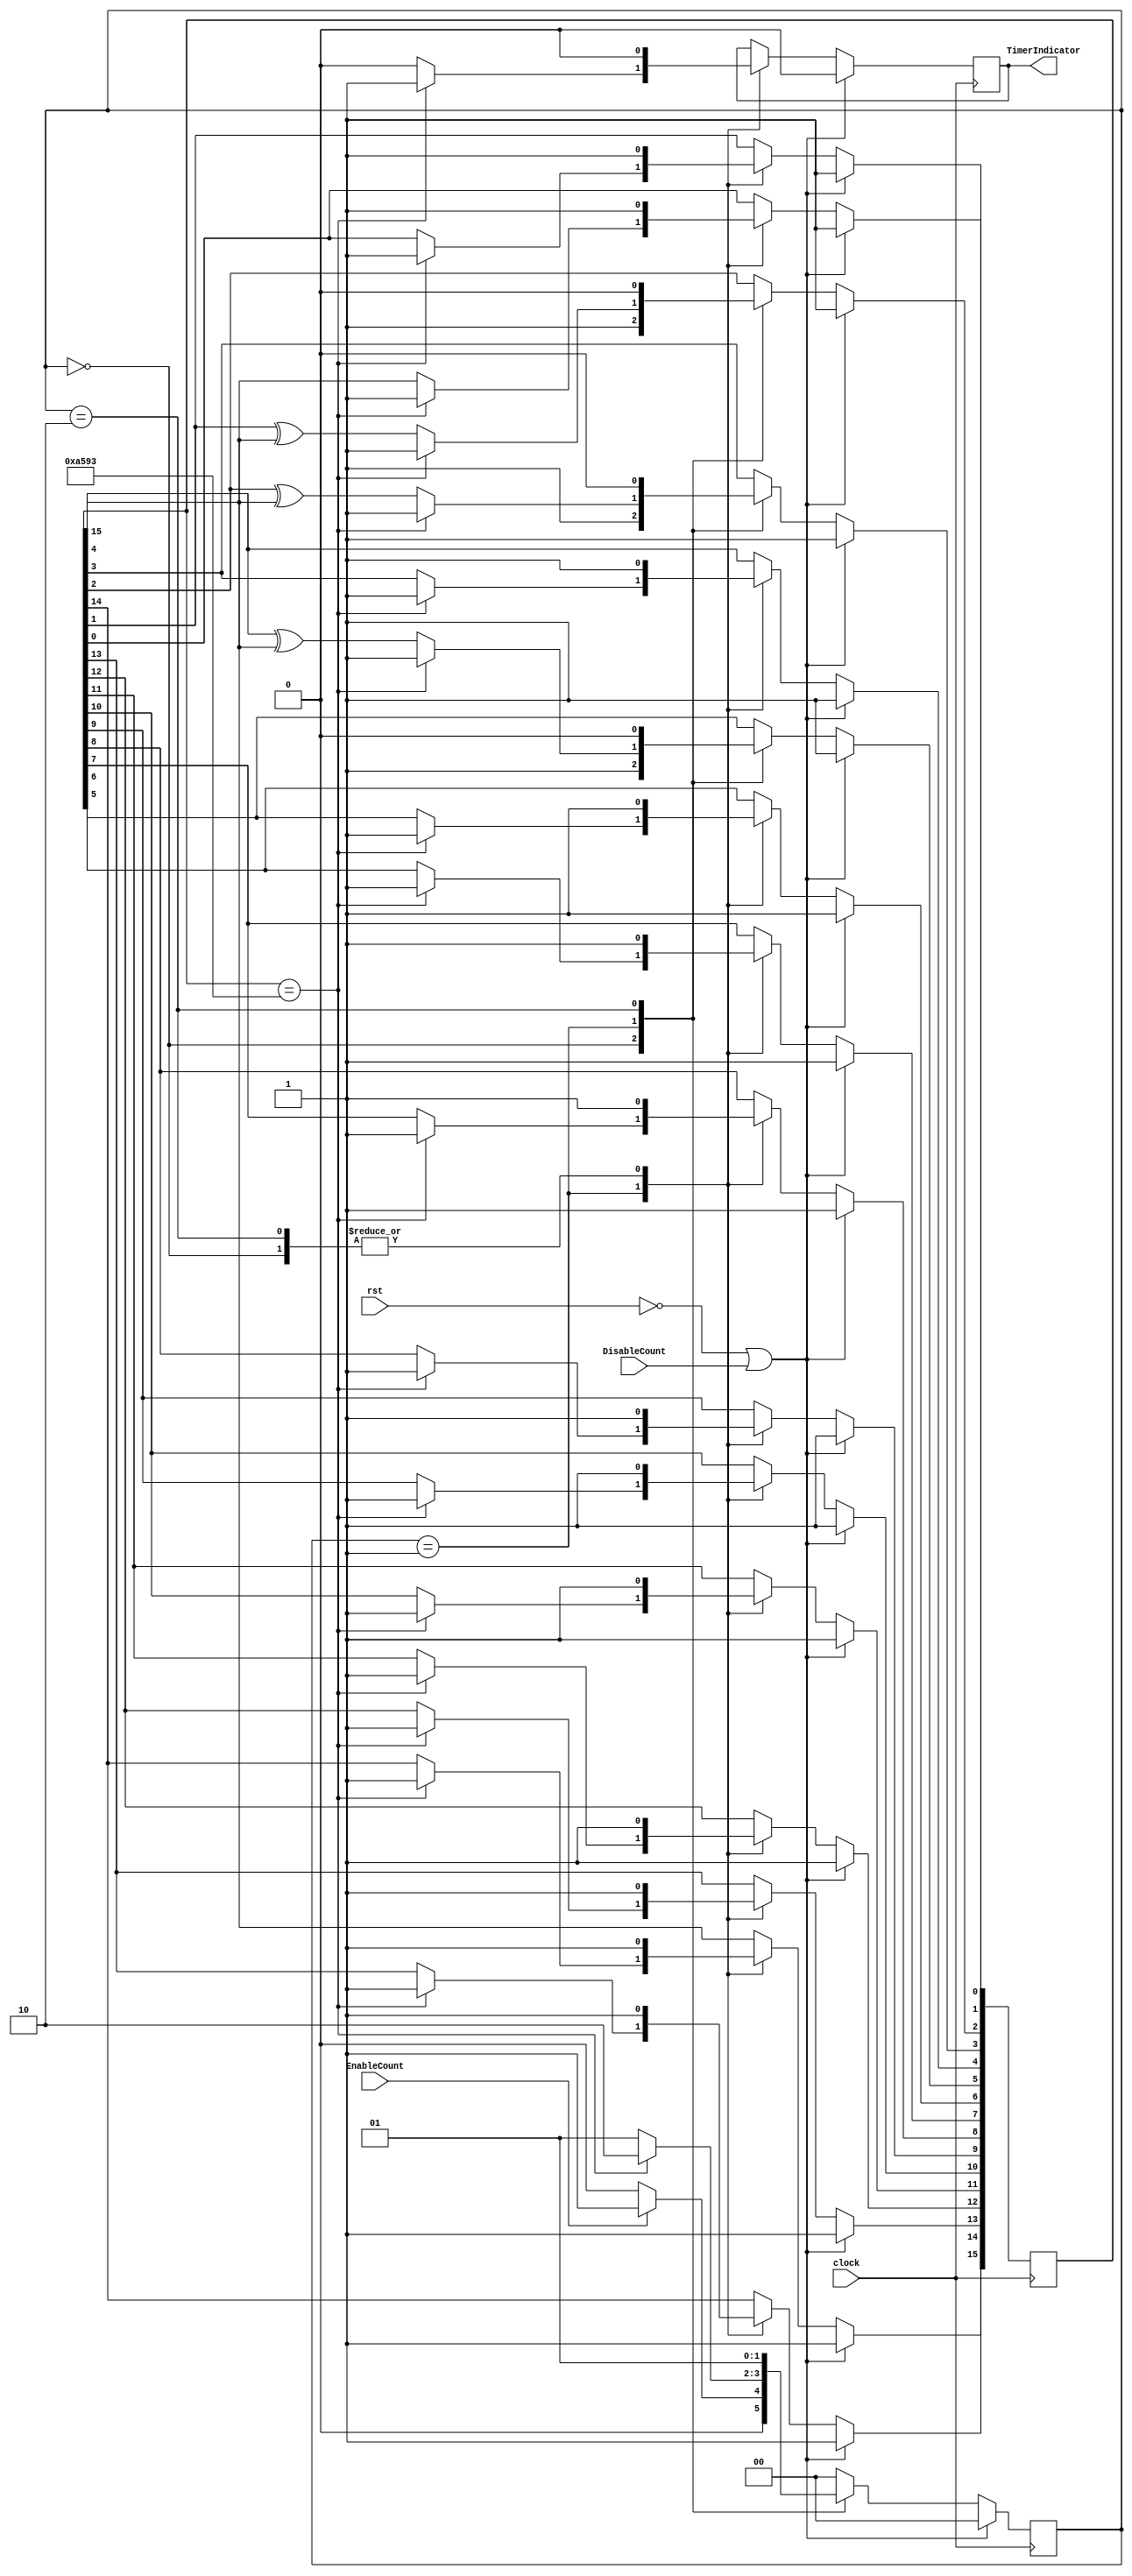
//ECE6370
//Pranav Kulkarni
//1ms timer
//Generates a 1ms pulse every 100us time interval when EnableCount is pulled high
module HomeDelay(clock,rst,EnableCount,DisableCount, TimerIndicator);
  input clock, rst, EnableCount, DisableCount;
  output TimerIndicator;
  
  reg TimerIndicator;
  reg [1:0] state;
  reg [15:0] LFSR;
  wire feedback = LFSR[15];
  parameter IDLE = 0, CountState = 1, RestartCount = 2;

  always @(posedge clock)
  begin
      if(rst == 1'b0 || DisableCount == 1'b1)
      begin
        LFSR <= 16'hffff;
        TimerIndicator <= 1'b0;
		  state <= IDLE;
      end
      else
        begin
	  case(state)
            IDLE : begin
                   LFSR <= 16'hffff;
                   if(EnableCount == 1'b1)
                   begin
                   state <= CountState;
                   TimerIndicator <= 1'b0;
                   end
                   else
                   begin
                   state <= IDLE;
                   TimerIndicator <= 1'b0;
                   end
                   end
            CountState : begin
     			 LFSR[0] <= feedback;
    			 LFSR[1] <= LFSR[0];
    			 LFSR[2] <= LFSR[1] ^ feedback;
    			 LFSR[3] <= LFSR[2] ^ feedback;
    			 LFSR[4] <= LFSR[3];
    			 LFSR[5] <= LFSR[4] ^ feedback;
    			 LFSR[6] <= LFSR[5];
    			 LFSR[7] <= LFSR[6];
    			 LFSR[8] <= LFSR[7];
    			 LFSR[9] <= LFSR[8];
    			 LFSR[10] <= LFSR[9];
    			 LFSR[11] <= LFSR[10];
    			 LFSR[12] <= LFSR[11];
    			 LFSR[13] <= LFSR[12];
    			 LFSR[14] <= LFSR[13];
    			 LFSR[15] <= LFSR[14];
                         if(LFSR == 16'ha593)//sequence that indicates 1us mark
                             begin
                             TimerIndicator <= 1'b1;
                             state <= RestartCount;
			     LFSR <= 16'hffff;
                             end
                           else
                             begin
                               TimerIndicator <= 1'b0;
                               state <= CountState;
                             end
 
			 end
         RestartCount : begin
                        TimerIndicator <= 1'b0;//restart count if 100us reached since 16 bit lfsr can count more than 100us
                        state <= CountState;//the sequence would change everytime i.e. timer would be inaccurate
                        LFSR <= 16'hffd3;
                        end
	 
         default : begin
                   state <= IDLE;
                   end
         endcase
       end
  end
 


  
endmodule